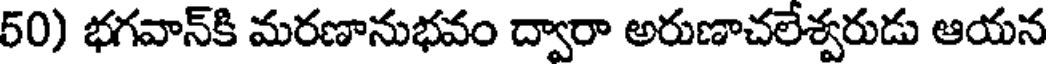
50) భగవాన్కి మరణానుభవం ద్వారా అరుణాచలేశ్వరుడు ఆయన